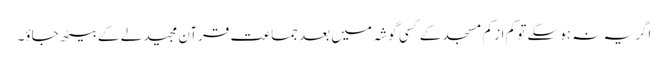
اگر یہ نہ ہوسکے تو کم از کم مسجد کے کسی گوشہ میں بعد جماعت قرآن مجید لے کے بیٹھ جاؤ۔